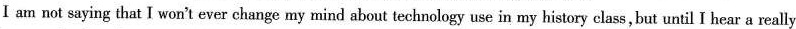
Ⅰ am not saying that I won't ever change my mind about technology use in my history class,but until I hear a really